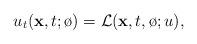
LaTeX: \begin{align*}u_t(\mathbf{x},t;\o) = \mathcal{L}(\mathbf{x},t,\o;u),\end{align*}